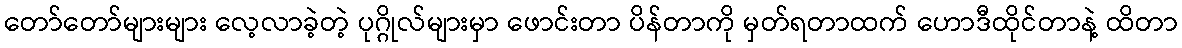
တော်တော်များများ လေ့လာခဲ့တဲ့ ပုဂ္ဂိုလ်များမှာ ဖောင်းတာ ပိန်တာကို မှတ်ရတာထက် ဟောဒီထိုင်တာနဲ့ ထိတာ